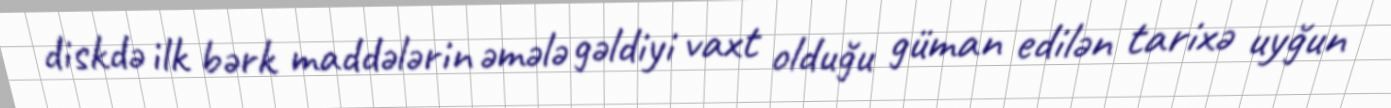
diskdə ilk bərk maddələrin əmələ gəldiyi vaxt olduğu güman edilən tarixə uyğun